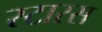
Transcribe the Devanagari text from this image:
स्टारस